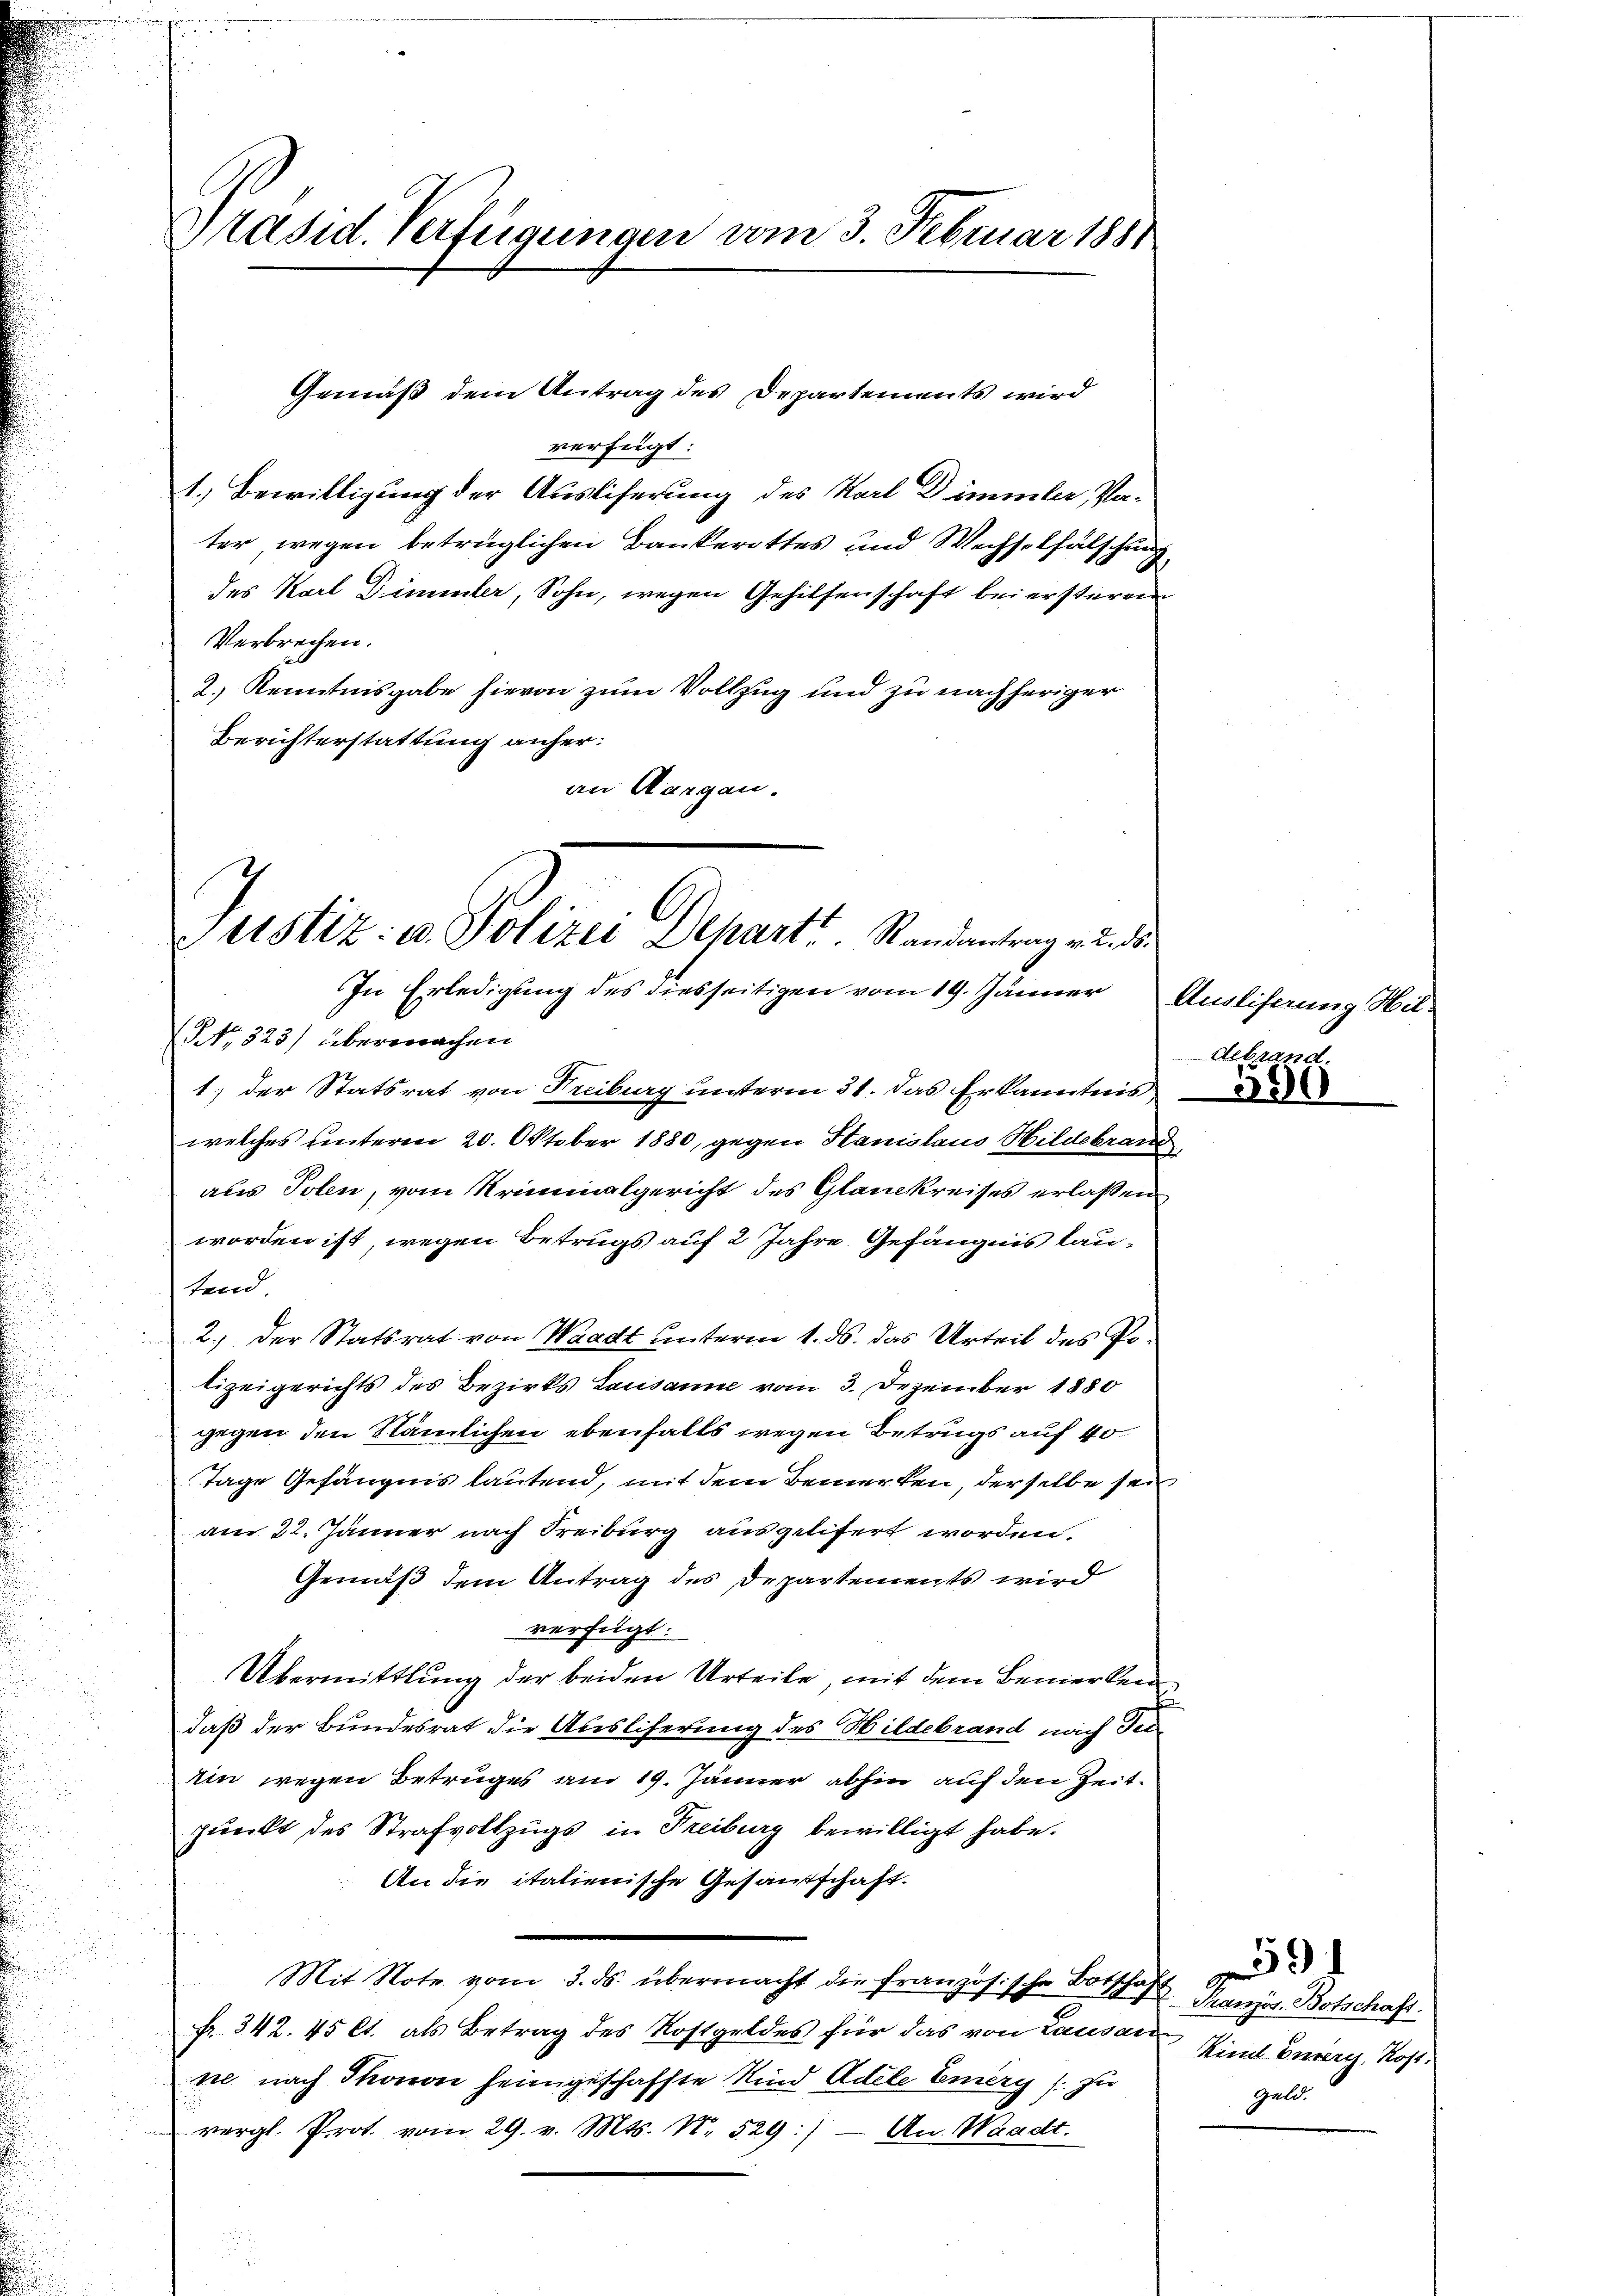
Präsid. Verfügungen vom 3. Februar 1881

Gemäß dem Antrag des Departements wird
verfügt:
1.) Bewilligung der Ausliferung des Karl Dimmler, Vater wegen betrüglichen Bankerottes und Wechselfälschung
des Karl Dimmler, Sohn, wegen Gehilsenschaft bei ersteren
Verbrechen.
2.) Kenntnisgabe hievon zum Vollzug und zu nachheriger
Berichterstattung anher:
an Aargau.

Justiz u. Polizei Departs. Randantrag an di
In Erledigung des diesseitigen vom 19. Jänner Anglisaung Hil¬

No. 323) übermachen
1.) der Statsrat von Freiburg unterm 31. Das Erkanntnis
welches unteren 20. Oktober 1880, gegen Stanislaus Hildebrand
aus Tolen, vom Kriminalgericht des Glanckreises erlaßen
worden ist, wegen Betrugs auf 2 Jahre Gefängnis lautend
2.) Der Statsrat von Waadt unterm 1. ds. das Urteil des Polizeigerichts des Bezirks Lausanne vom 3. Dezember 1880
gegen den Nämlichen ebenfalls wegen Betrugs auf 40
Tage Gefängnis lautend, mit dem Bemerken, derselbe sei
am 22. Jänner nach Freiburg ausgelisert worden.
Gemäß dem Antrag des Departements wird
verfügt:
Übermittlung der beiden Urteile, mit dem Bemerken
daß der Bundesrat die Auslieferung des Hildebrand nach Tei-
Ein wegen Betruges am 19. Jänner abhin auf den Zeitpunkt des Strafvollzugs in Freiburg bewilligt habe.
An die italienische Gesandschaft.
Mit Note vom 3. ds. übermacht die französische Botschaft Transt Botschaft.
fr. 342. 45 lt. als Betrag des Kostgeldes für das von Lausann Kind Eurerg, Kost
ne nach Thonon heimgeschaffte Kind Adele Emery (zu
vergl. Prot. vom 29. v. Mts. N. 529:) - An. Waadt.

debrand.

390

Geld.

591